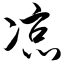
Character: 凉